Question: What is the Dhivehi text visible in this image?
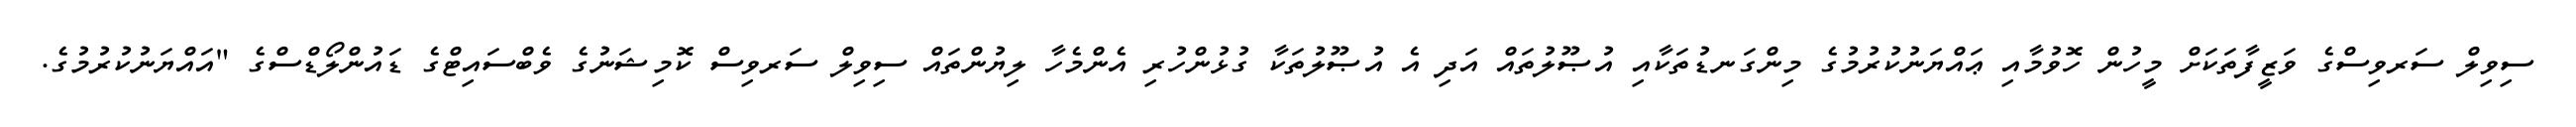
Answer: ސިވިލް ސަރވިސްގެ ވަޒީފާތަކަށް މީހުން ހޮވުމާއި ޢައްޔަނުކުރުމުގެ މިންގަނޑުތަކާއި އުޞޫލުތައް އަދި އެ އުޞޫލުތަކާ ގުޅުންހުރި އެންމެހާ ލިޔުންތައް ސިވިލް ސަރވިސް ކޮމިޝަނުގެ ވެބްސައިޓްގެ ޑައުންލޯޑްސްގެ "އައްޔަނުކުރުމުގެ.